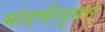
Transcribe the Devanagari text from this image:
मांडणीनूसार्